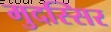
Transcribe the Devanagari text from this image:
मुदस्सिर